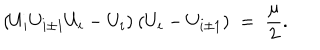
( U _ { i } U _ { i \pm 1 } U _ { i } - U _ { i } ) \: ( U _ { i } - U _ { i \pm 1 } ) \; = \; \frac { \mu } { 2 } .